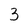
Character: 3